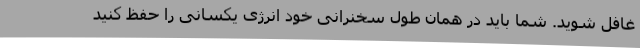
غافل شوید. شما باید در همان طول سخنرانی خود انرژی یکسانی را حفظ کنید